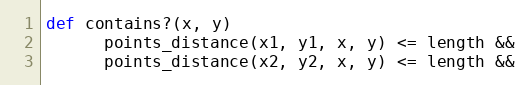
Language: Ruby
def contains?(x, y)
      points_distance(x1, y1, x, y) <= length &&
      points_distance(x2, y2, x, y) <= length &&